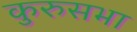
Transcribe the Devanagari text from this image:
कुरुसभा